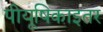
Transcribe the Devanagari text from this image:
पीयूषिकाइतर